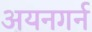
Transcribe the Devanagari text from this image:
अयनगर्न